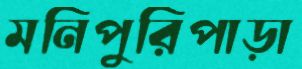
মনিপুরিপাড়া